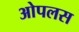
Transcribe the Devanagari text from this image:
ओपलस